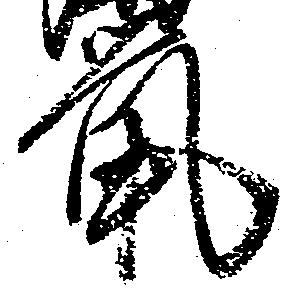
鼠